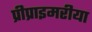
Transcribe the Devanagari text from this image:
प्रीप्राइमरीया